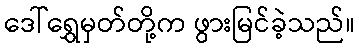
ဒေါ်ရွှေမှတ်တို့က ဖွားမြင်ခဲ့သည်။